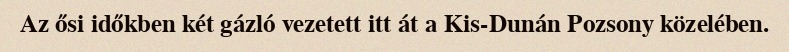
Az ősi időkben két gázló vezetett itt át a Kis-Dunán Pozsony közelében.